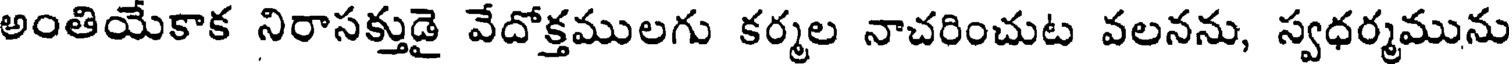
అంతియేకాక నిరాసక్తుడై వేదోక్తములగు కర్మల నాచరించుట వలనను, స్వధర్మమును